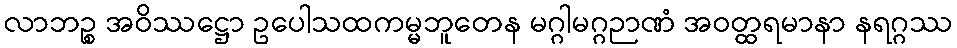
လာဘဉ္စ အဝိဿဋ္ဌော ဥပေါသထကမ္မဘူတေန မဂ္ဂါမဂ္ဂဉာဏံ အဝတ္ထရမာနာ နရဂ္ဂဿ